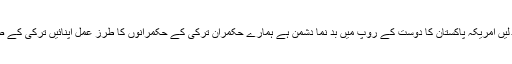
امریکہ پاکستان کی آزادی، خود مختاری،قومی سلامتی پر حملہ آور ہے حکمران یہ نوشہ دیوار پڑھ لیں امریکہ پاکستان کا دوست کے روپ میں بد نما دشمن ہے ہمارے حکمران ترکی کے حکمرانوں کا طرز عمل اپنائیں ترکی کے صدر جب طیب اردوان نے سامراجی طاقتوں کو للکاراکہ امت مسلمہ کا سر فخر سے بلند کر دیا ہے۔